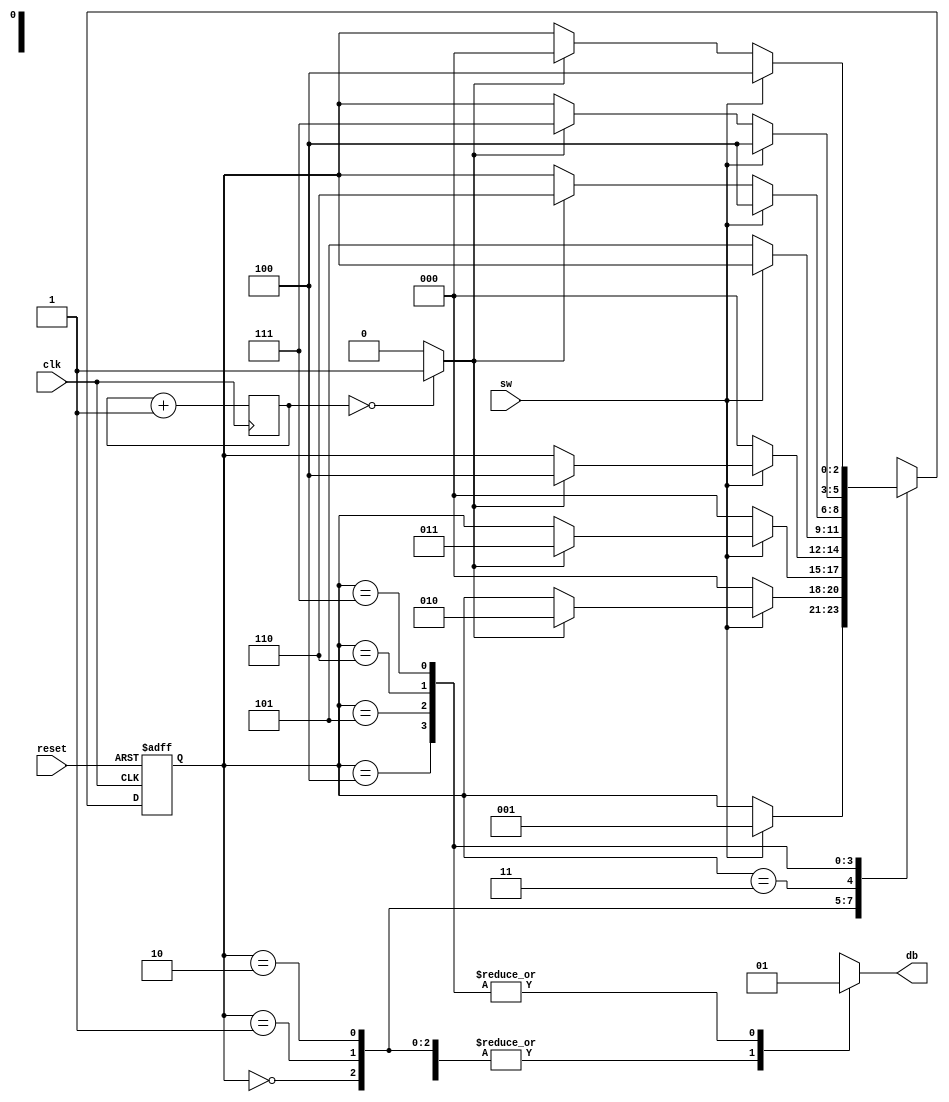
`timescale 1ns / 1ps
//////////////////////////////////////////////////////////////////////////////////
// Company: 
// Engineer: 
// 
// Design Name: 
// Module Name: db_fsm
// Project Name: 
// Target Devices: 
// Tool Versions: 
// Description: 
// 
// Dependencies: 
// 
// Revision:
// Revision 0.01 - File Created
// Additional Comments:
// 
//////////////////////////////////////////////////////////////////////////////////


module  db_fsm
  (
input   clk , reset,
input   sw,
output reg db
) ;
//  
localparam[ 2:0 ]
        zero   = 3'b000 ,
        wait1_1 = 3'b001 ,
        wait1_2 = 3'b010 ,
        wait1_3 = 3'b011 ,
        one    = 3'b100 ,
        wait0_1 = 3'b101 ,
        wait0_2 = 3'b110 ,
        wait0_3 = 3'b111 ;
//   ( 2^N * 20 ns = 10 ms tick )
localparam N = 19 ;
// 
reg[ N-1:0]  q_reg ;
wire[ N-1:0 ]  q_next ;
wire m_tick ;
reg[ 2:0 ] state_reg , state_next ;

// 10 ms tick 
always  @ ( posedge clk )
    q_reg<= q_next ;
    
assign  q_next = q_reg + 1 ; // 
assign  m_tick = ( q_reg == 0 ) ? 1'b1 : 1'b0 ; // tick

always@ (posedge clk , posedge reset )
    if  ( reset )
        state_reg<= zero ;
    else
        state_reg<= state_next ;
        
always  @*
begin
    state_next = state_reg ; 
    db = 1'b0 ;           
    case  (state_reg )
        zero :
            if  (sw )
                state_next = wait1_1 ;
        wait1_1 :
            if  ( ~sw )
                state_next = zero ;
            else if  (m_tick )
                state_next = wait1_2;
        wait1_2 :
            if  ( ~sw )
                state_next = zero ;
            else if  (m_tick )
                state_next = wait1_3 ;
        wait1_3 :
            if  ( ~sw )
                state_next = zero ;
            else if  (m_tick )
                state_next = one ;
        one :
        begin
            db = 1'b1 ;
            if  ( ~sw )
                state_next = wait0_1 ;
        end
        wait0_1 :
        begin
            db = 1'b1 ;
            if(sw)
                state_next =one ;
            else if(m_tick )
                state_next = wait0_2;
        end
        wait0_2 :
        begin
            db = 1'b1 ;
            if(sw)
                state_next =one ;
            else if(m_tick )
                state_next = wait0_3 ;
        end
        wait0_3 :
        begin
            db = 1'b1 ;
            if(sw)
                state_next =one ;
            else if(m_tick )
                state_next = zero ;
        end
        default :state_next = zero ;
    endcase
end
endmodule